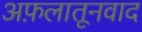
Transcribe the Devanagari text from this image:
अफ़लातूनवाद